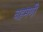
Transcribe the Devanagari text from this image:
बहमणी